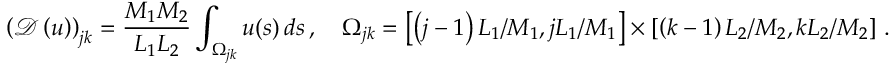
\left( \boldsymbol { \mathcal { D } } \left( u \right) \right) _ { j k } = \frac { M _ { 1 } M _ { 2 } } { L _ { 1 } L _ { 2 } } \int _ { \Omega _ { j k } } u ( \boldsymbol { s } ) \, d \boldsymbol { s } \, , \quad \Omega _ { j k } = \left[ \left( j - 1 \right) L _ { 1 } / M _ { 1 } , j L _ { 1 } / M _ { 1 } \right] \times \left[ \left( k - 1 \right) L _ { 2 } / M _ { 2 } , k L _ { 2 } / M _ { 2 } \right] \, .